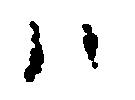
ハ